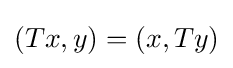
(Tx,y)=(x,Ty)